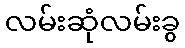
လမ်းဆုံလမ်းခွ